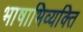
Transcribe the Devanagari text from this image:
भाषाभिव्यक्ति